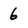
Character: 6